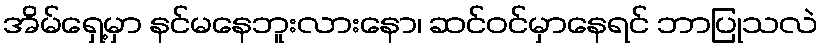
အိမ်ရှေ့မှာ နင်မနေဘူးလားနော၊ ဆင်ဝင်မှာနေရင် ဘာပြုသလဲ